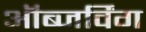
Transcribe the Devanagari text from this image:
ऑब्जर्विंग